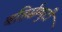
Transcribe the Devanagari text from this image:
बहिर्सम्पुटी